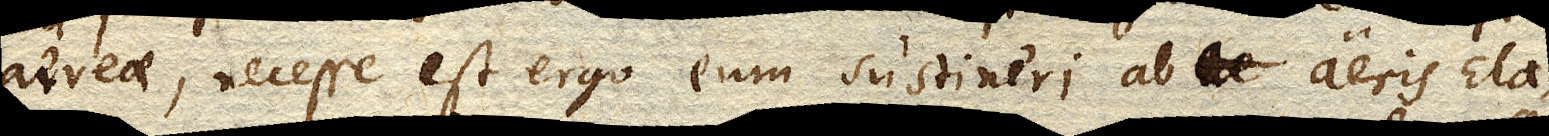
aereae, necesse est ergo eum sustineri ab aeris Ela–